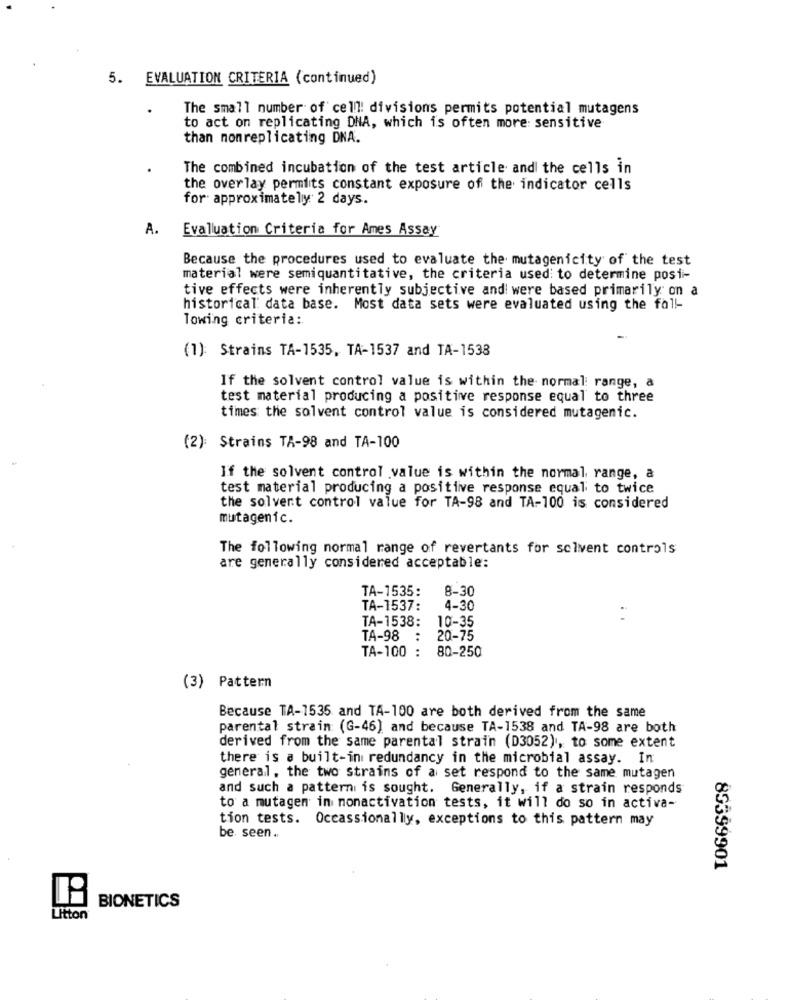
5. EVALUATION CRITERIA (continued)
The small number of cell! divisions permits potential mutagens
to act on replicating DHA, which is often more sensitive
than nonreplicating DNA.
The combined incubation of the test article and the cells in
the overlay permits constant exposure of the indicator cells
for approximately 2 days.
A. Evaluation Criteria for Ames Assay
Because the procedures used to evaluate the mutagenicity of the test
material were semiquantitative, the criteria used: to determine posi-
tive effects were inherently subjective and were based primarily on a
historical data base. Most data sets were evaluated using the fall-
Towing criteria:
(1): Strains TA-1535, TA-1537 and TA-1538
If the solvent control value is within the normal range, a
test material producing a positive response equal to three
times the solvent control value is considered mutagenic.
(2): Strains TA-98 and TA-100
If the solvent control value is within the normal range, a
test material producing a positive response equal to twice
the solvent control value for TA-98 and TA-100 is considered
mutagenic.
The following normal range of revertants for solvent controls
are generally considered acceptable:
TA-1535:
8-30
TA-1537:
4-30
TA-1538:
10-35
TA-98 :
20-75
TA-100 :
80-250
(3) Pattern
Because TA-1535 and TA-100 are both derived from the same
parental strain (G-46) and because TA-1538 and TA-98 are both
derived from the same parental strain (D3052), to some extent
there is a built-in redundancy in the microbial assay. In
general. the two strains of a set respond to the same mutagen
and such a pattern is sought. Generally, if a strain responds
to a mutagen in nonactivation tests, it will do so in activa-
tion tests. Occassionally, exceptions to this pattern may
be seen.
89399901
BIONETICS
Litton